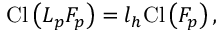
\mathrm { C l } \left( { \cal L } _ { p } F _ { p } \right) = l _ { h } \mathrm { C l } \left( F _ { p } \right) ,